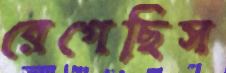
রেগেছিস